Vaccination in the Punjab 1905-1918 - 1905-1918
Year: 1905
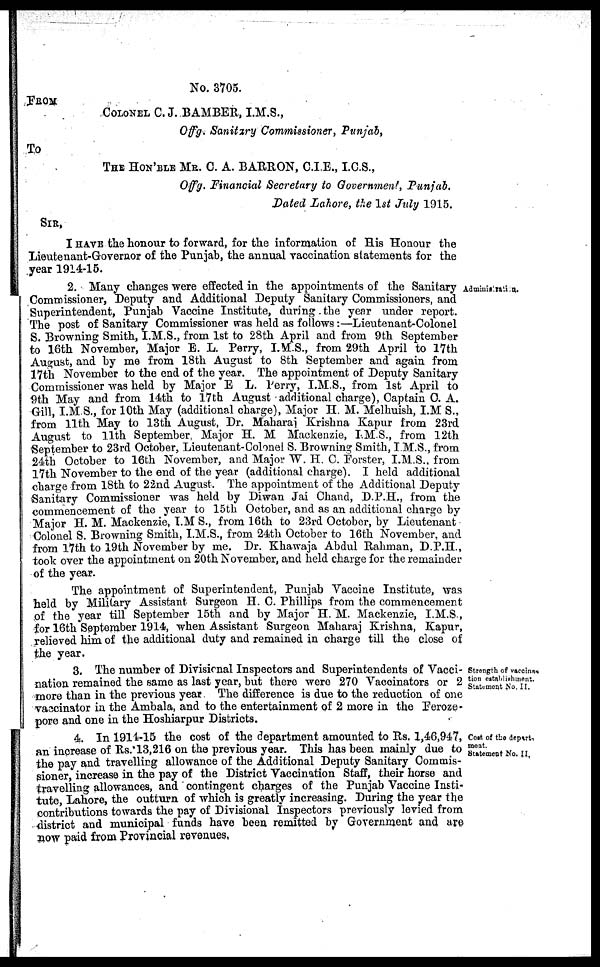
No. 3705.
FROM
COLONEL C. J. BAMBER, I.M.S.,
Offg. Sanitary Commissioner, Punjab,
To
THE HON'BLE MR. C. A. BARRON, C.I.E., I.C.S.,
Offg. Financial Secretary to Government, Punjab.
Dated Lahore, the 1st July 1915.
SIR,
I HAVE the honour to forward, for the information of His Honour the
Lieutenant-Governor of the Punjab, the annual vaccination statements for the
year 1914-15.
Administration.
2. Many changes were effected in the appointments of the Sanitary
Commissioner, Deputy and Additional Deputy Sanitary Commissioners, and
Superintendent, Punjab Vaccine Institute, during the year under report.
The post of Sanitary Commissioner was held as follows:—Lieutenant-Colonel
S. Browning Smith, I.M.S., from 1st to 28th April and from 9th September
to 16th November, Major E. L. Perry, I.M.S., from 29th April to 17th
August, and by me from 18th August to 8th September and again from
17th November to the end of the year. The appointment of Deputy Sanitary
Commissioner was held by Major E L. Perry, I.M.S., from 1st April to
9th May and from 14th to 17th August additional charge), Captain C. A.
Gill, I.M S., for 10th May (additional charge), Major H. M. Melhuish, I.M.S.,
from 11th May to 13th August, Dr. Maharaj Krishna Kapur from 23rd
August to 11th September Major H. M Mackenzie, I.M.S., from 12th
September to 23rd October, Lieutenant-Colonel S. Browning Smith, I.M.S., from
24th October to 16th November, and Major W. H. C. Forster, I.M.S., from
17th November to the end of the year (additional charge). I held additional
charge from 18th to 22nd August. The appointment of the Additional Deputy
Sanitary Commissioner was held by Diwan Jai Chand, D.P.H., from the
commencement of the year to 15th October, and as an additional charge by
Major H. M. Mackenzie, I.M S., from 16th to 23rd October, by Lieutenant
Colonel S. Browning Smith, I.M.S., from 24th October to 16th November, and
from 17th to 19th November by me. Dr. Khawaja Abdul Rahman, D.P.H.,
took over the appointment on 20th November, and held charge for the remainder
of the year.
The appointment of Superintendent, Punjab Vaccine Institute, was
held by Military Assistant Surgeon H. C. Phillips from the commencement
of the year till September 15th and by Major H.M. Mackenzie, I.M.S.,
for 16th September 1914, when Assistant Surgeon Maharaj Krishna, Kapur,
relieved him of the additional duty and remained in charge till the close of
the year.
Strength of vaccina¬
tion establishment.
Statement No. II.
3. The number of Divisional Inspectors and Superintendents of Vacci-
nation remained the same as last year, but there were 270 Vaccinators or 2
more than in the previous year The difference is due to the reduction of one
vaccinator in the Ambala, and to the entertainment of 2 more in the Feroze¬
pore and one in the Hoshiarpur Districts.
Cost of the depart¬
ment.
Statement No. II,
4. In 1914-15 the cost of the department amounted to Rs. 1,46,947,
an increase of Rs.13,216 on the previous year. This has been mainly due to
the pay and travelling allowance of the Additional Deputy Sanitary Commis-
sioner, increase in the pay of the District Vaccination Staff, their horse and
travelling allowances, and contingent charges of the Punjab Vaccine Insti-
tute, Lahore, the outturn of which is greatly increasing. During the year the
contributions towards the pay of Divisional Inspectors previously levied from
district and municipal funds have been remitted by Government and are
now paid from Provincial revenues,